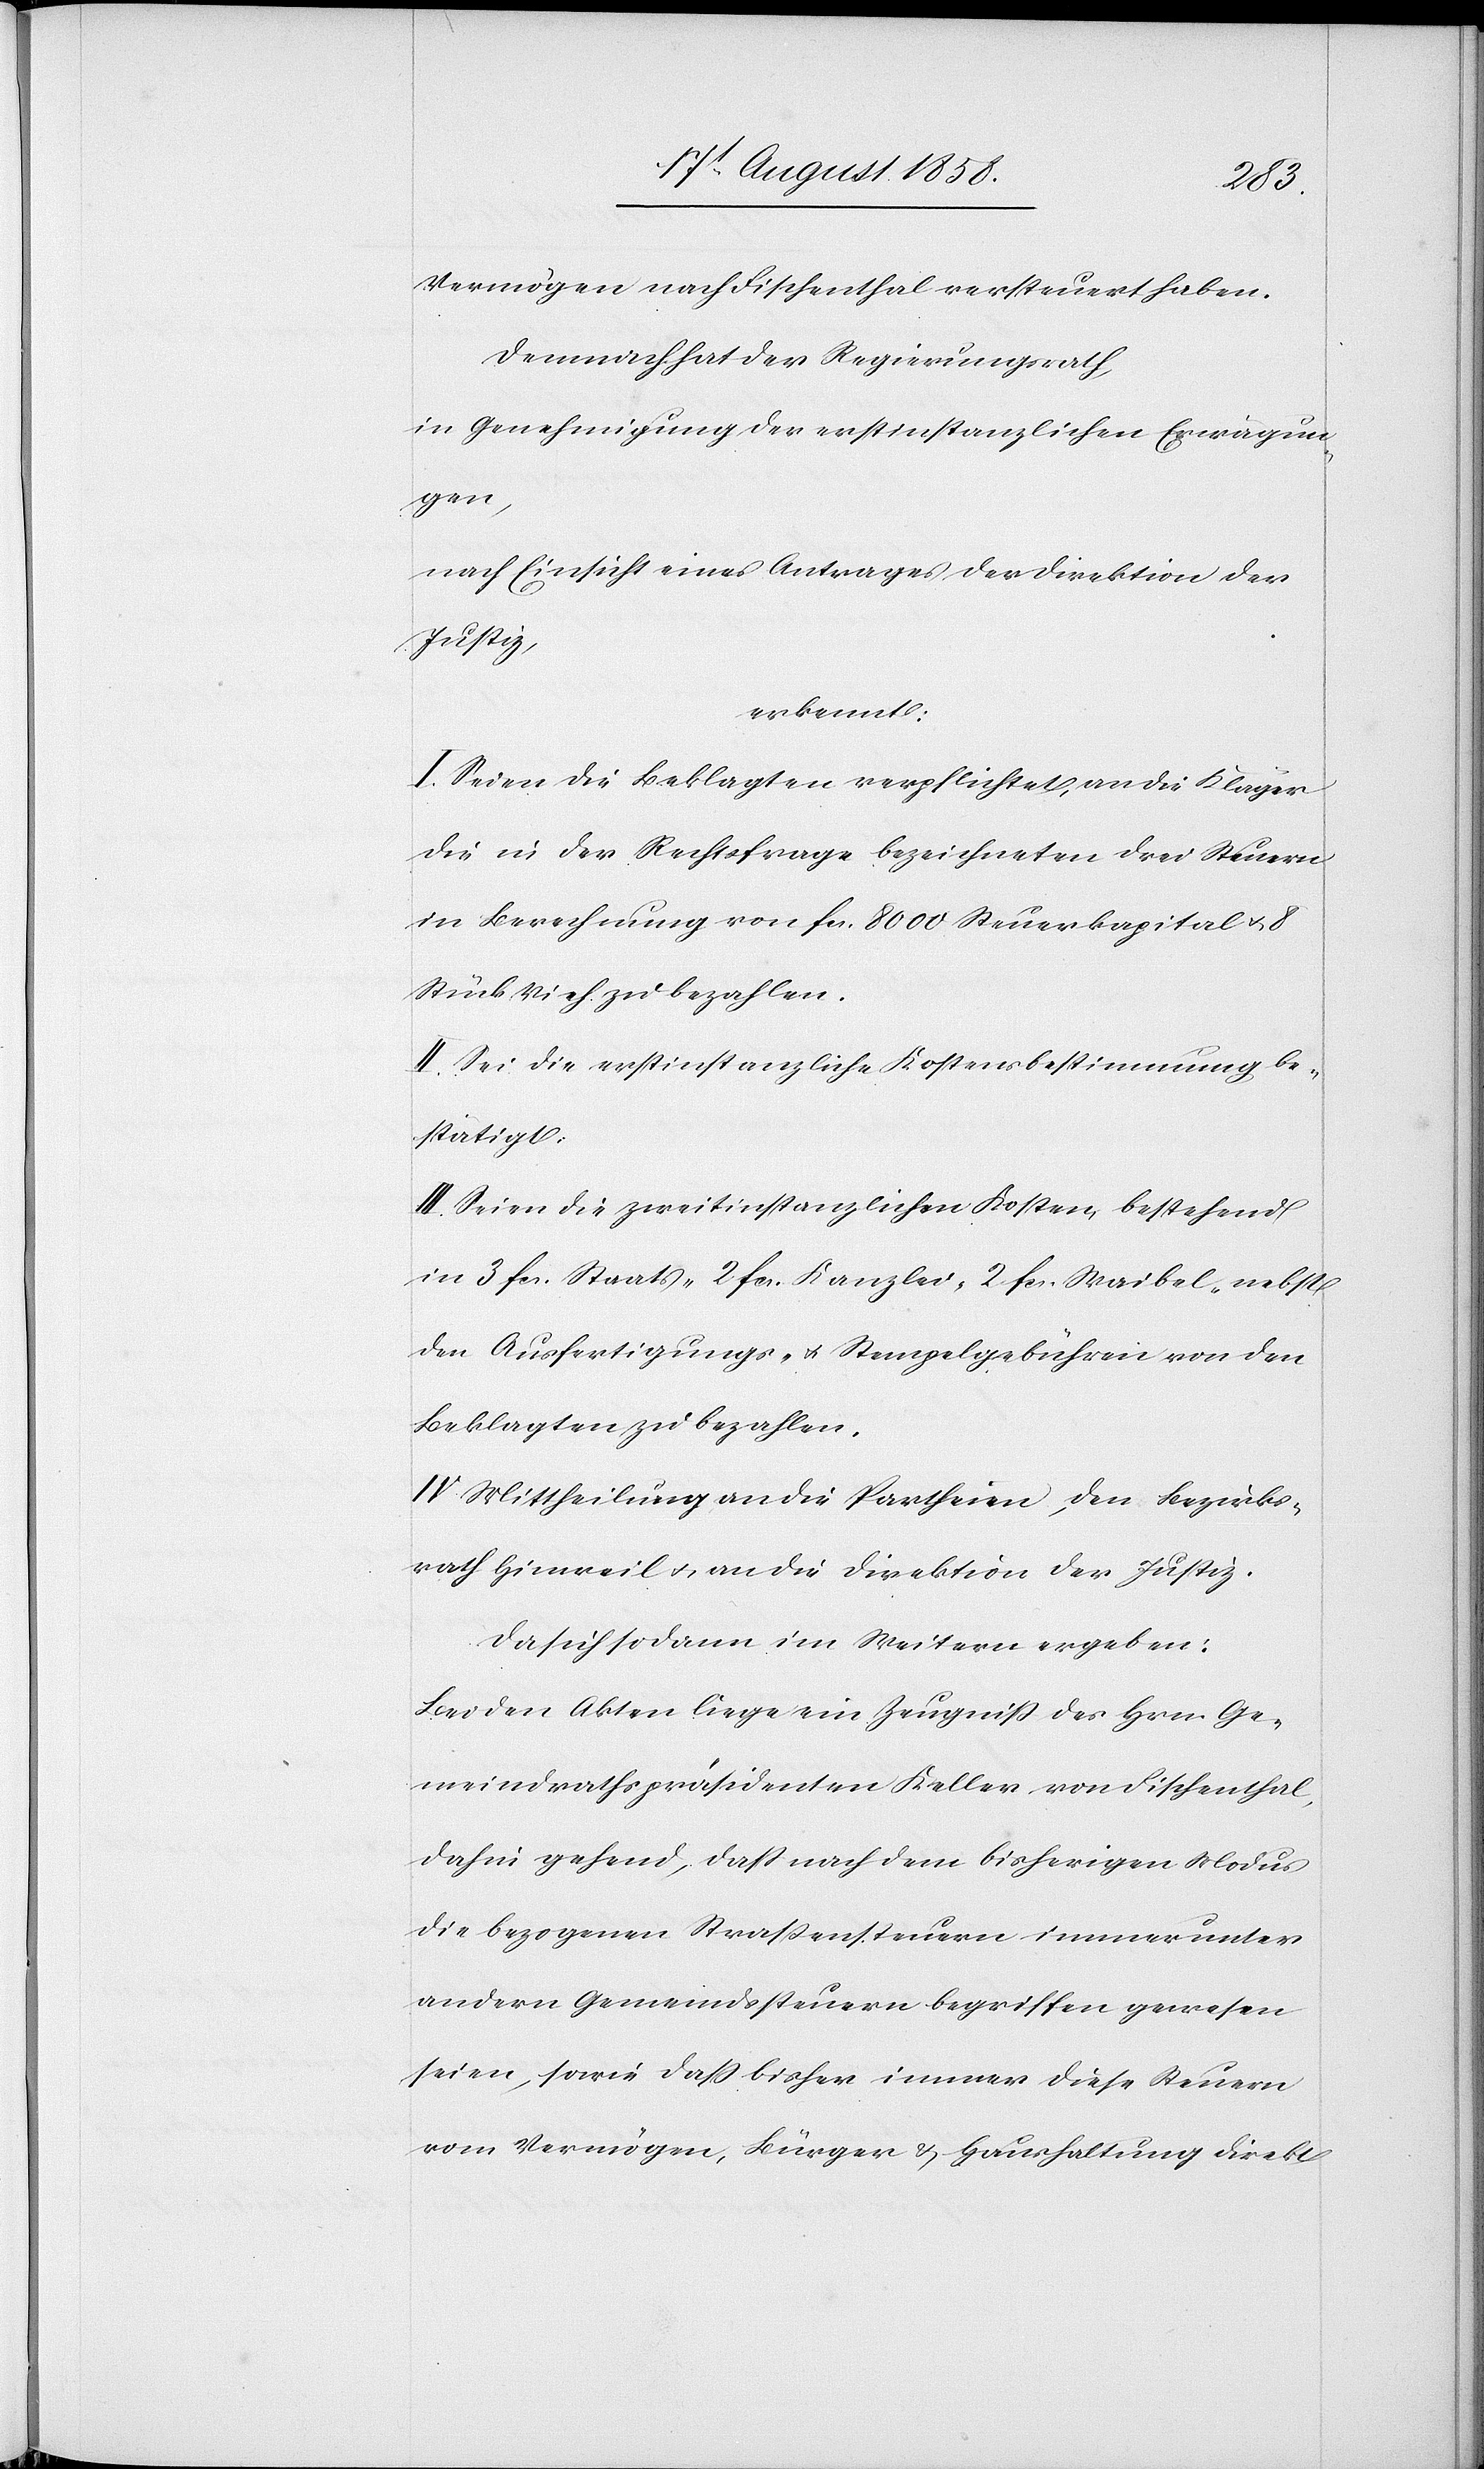
Vermögen nach Fischenthal versteuert haben.
Demnach hat der Regierungsrath,
in Genehmigung der erstinstanzlichen Erwägun¬
gen,
nach Einsicht eines Antrages der Direktion der
Justiz,
erkennt:
I. Seien die Beklagten verpflichtet, an die Kläger
die in der Rechtsfrage bezeichneten drei Steuern
in Berechnung von fcs. 8000 Steuerkapital & 8
Stück Vieh zu bezahlen.
II. Sei die erstinstanzliche Kostensbestimmung be¬
stätigt.
III. Seien die zweitinstanzlichen Kosten, bestehend
in 3 fcs. Staats-[,] 2 fcs. Kanzlei-[,] 2 fcs. Waibel-[,] nebst
den Ausfertigungs- & Stempelgebühren von den
Beklagten zu bezahlen.
IV. Mittheilung an die Partheien, den Bezirks¬
rath Hinweil & an die Direktion der Justiz.
Da sich sodann im Weitern ergeben:
Bei den Akten liege ein Zeugniß des Hrn. Ge¬
meindrathspräsidenten Keller von Fischenthal,
dahin gehend, dass nach dem bisherigen Modus
die bezogenen Strassensteuern immer unter
andern Gemeindssteuern begriffen gewesen
seien, sowie dass bisher immer diese Steuern
vom Vermögen, Bürger & Haushaltung direkt